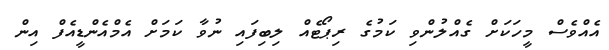
އެއްވެސް މީހަކަށް ގެއްލުންވި ކަމުގެ ރިޕޯޓެއް ލިބިފައި ނުވާ ކަމަށް އެމްއެންޑީއެފް އިން